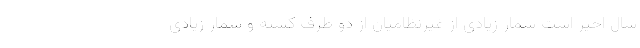
سال اخیر است شمار زیادی از غیرنظامیان از دو طرف کشته و شمار زیادی